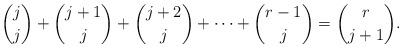
LaTeX: \begin{align*}\binom{j}{j}+\binom{j+1}{j}+\binom{j+2}{j}+ \cdots +\binom{r-1}{j}= \binom{r}{j+1}.\end{align*}